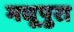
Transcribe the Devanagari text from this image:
मधूपुरा